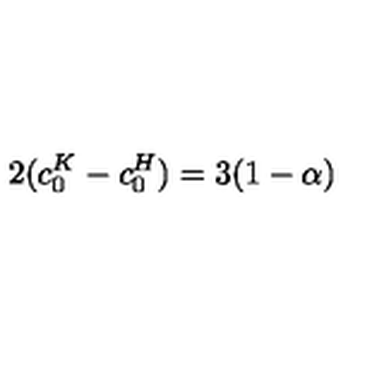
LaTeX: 2 ( c _ { 0 } ^ { K } - c _ { 0 } ^ { H } ) = 3 ( 1 - \alpha )